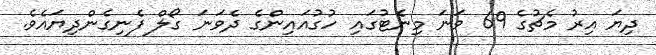
ދިޔަ އިރު މެޗުގެ 69 ވަނަ މިނެޓުގައި ހުގުއައިންގެ ދެވަނަ ގޯލް ފެނިގެންދިޔައެވެ.